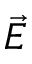
\vec { E }